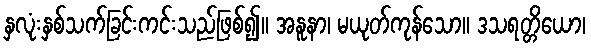
နှလုံးနှစ်သက်ခြင်းကင်းသည်ဖြစ်၍။ အနူနာ၊ မယုတ်ကုန်သော။ ဒသရတ္တိယော၊